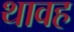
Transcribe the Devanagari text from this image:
थावह